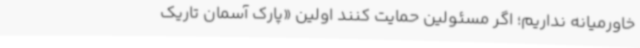
خاورمیانه نداریم؛ اگر مسئولین حمایت کنند اولین «پارک آسمان تاریک